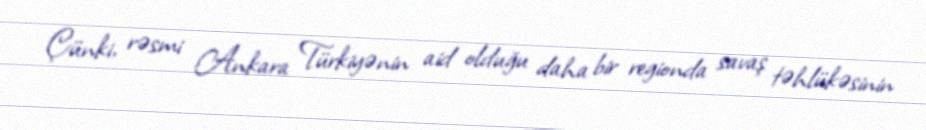
Çünki, rəsmi Ankara Türkiyənin aid olduğu daha bir regionda savaş təhlükəsinin